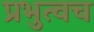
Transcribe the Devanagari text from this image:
प्रभुत्वच